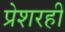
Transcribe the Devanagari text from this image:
प्रेशरही